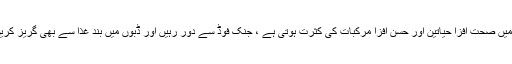
ان میں صحت افزا حیاتین اور حسن افزا مرکبات کی کثرت ہوتی ہے ، جنک فوڈ سے دور رہیں اور ڈبوں میں بند غذا سے بھی گریز کریں ۔